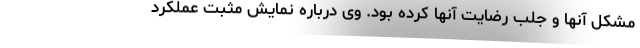
مشکل آنها و جلب رضایت آنها کرده بود. وی درباره نمایش مثبت عملکرد